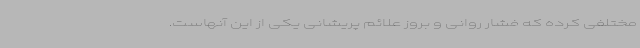
مختلفی کرده که فشار روانی و بروز علائم پریشانی یکی از این آنهاست.